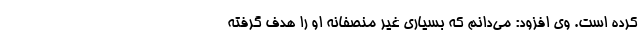
کرده است. وی افزود: می‌دانم که بسیاری غیر منصفانه او را هدف گرفته‌